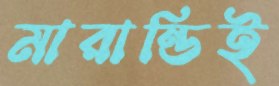
মারান্ডিই